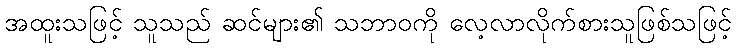
အထူးသဖြင့် သူသည် ဆင်များ၏ သဘာဝကို လေ့လာလိုက်စားသူဖြစ်သဖြင့်